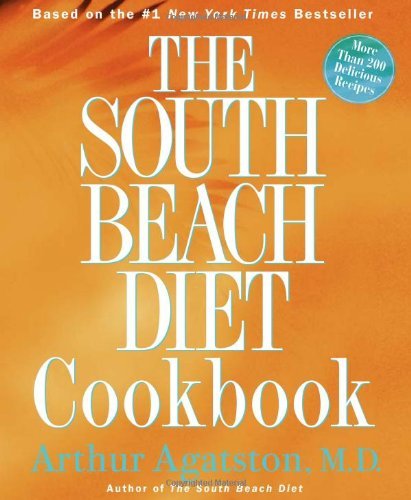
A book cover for By Arthur Agatston The South Beach Diet Cookbook (1st Edition); Health, Fitness & Dieting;